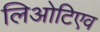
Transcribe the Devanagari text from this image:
लिओटिएव